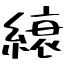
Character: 縗